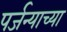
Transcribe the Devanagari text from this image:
पर्जन्याच्या